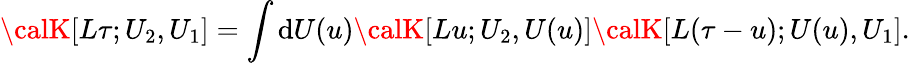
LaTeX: {\calK}[L\tau;U_{2},U_{1}]=\int\mathrm{d}U(u){\calK}[Lu;U_{2},U(u)]{\calK}[L(\tau-u);U(u),U_{1}].